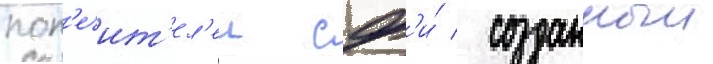
поп'ечит'ел'еи сф'и́ / созданныи